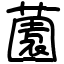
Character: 薗